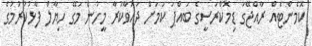
ކޮމެންޓެއް ރާއްޖޭގަ ޑިމޮކްރަސީގެ ބައްޕަ ކަމަށް ދައުވާކުރާ މީހުން މަގޭ ހިޔާލް ފާޅުކުރުމުގެ